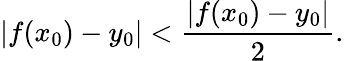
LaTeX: |f(x_{0})-y_{0}|<{\frac{|f(x_{0})-y_{0}|}{2}}.